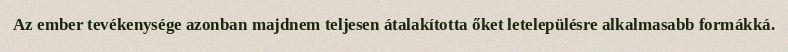
Az ember tevékenysége azonban majdnem teljesen átalakította őket letelepülésre alkalmasabb formákká.